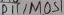
Text: D6